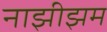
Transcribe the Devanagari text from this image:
नाझीझम